Civil Veterinary Department ledger series I-VI
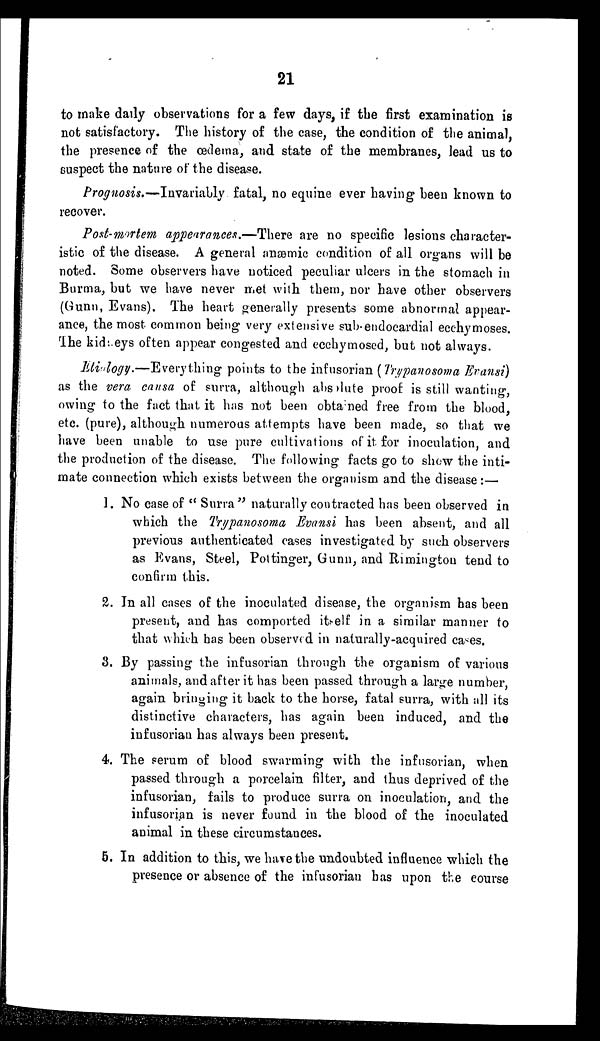
21
to make daily observations for a few days, if the first examination is
not satisfactory. The history of the case, the condition of the animal,
the presence of the œdema, and state of the membranes, lead us to
suspect the nature of the disease.
Prognosis.—Invariably fatal, no equine ever having been known to
recover.
Post-mortem appearances.—There are no specific lesions character-
istic of the disease. A general anæmic condition of all organs will be
noted. Some observers have noticed peculiar ulcers in the stomach in
Burma, but we have never met with them, nor have other observers
(Gunn, Evans). The heart generally presents some abnormal appear-
ance, the most common being very extensive sub-endocardial ecchymoses.
The kidneys often appear congested and ecchymosed, but not always.
Etiology.—Everything points to the infusorian (Trypanosoma Eransi)
as the vera causa of surra, although absolute proof is still wanting,
owing to the fact that it has not been obtained free from the blood,
etc. (pure), although numerous attempts have been made, so that we
have been unable to use pure cultivations of it for inoculation, and
the production of the disease. The following facts go to show the inti-
mate connection which exists between the organism and the disease:—
1. No case of "Surra" naturally contracted has been observed in
which the Trypanosoma Evansi has been absent, and all
previous authenticated cases investigated by such observers
as Evans, Steel, Pottinger, Gunn, and Rimington tend to
confirm this.
2. In all cases of the inoculated disease, the organism has been
present, and has comported itself in a similar manner to
that which has been observed in naturally-acquired cases.
3. By passing the infusorian through the organism of various
animals, and after it has been passed through a large number,
again bringing it back to the horse, fatal surra, with all its
distinctive characters, has again been induced, and the
infusorian has always been present.
4. The serum of blood swarming with the infusorian, when
passed through a porcelain filter, and thus deprived of the
infusorian, fails to produce surra on inoculation, and the
infusorian is never found in the blood of the inoculated
animal in these circumstances.
5. In addition to this, we have the undoubted influence which the
presence or absence of the infusorian has upon the course